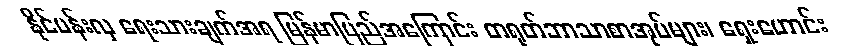
နိုင်ပန်းလှ ရေးသားချက်အရ မြန်မာပြည်အကြောင်း တရုတ်ဘာသာစာအုပ်များ၊ ရှေးဟောင်း